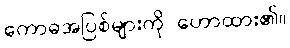
ကောဓအပြစ်များကို ဟောထား၏။